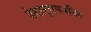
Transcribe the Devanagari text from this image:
देशानुरागजनित